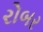
રોબર